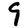
Digit: 9